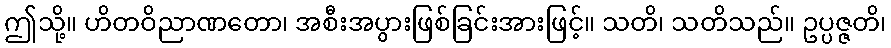
ဤသို့။ ဟိတဝိညာဏတော၊ အစီးအပွားဖြစ်ခြင်းအားဖြင့်။ သတိ၊ သတိသည်။ ဥပ္ပဇ္ဇတိ၊